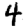
Digit: 4